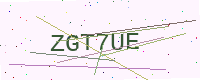
Text: ZGT7UE